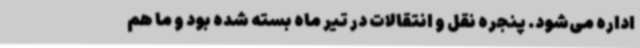
اداره می‌شود. پنجره نقل و انتقالات در تیر ماه بسته شده بود و ما هم